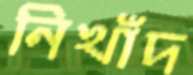
নিখাঁদ